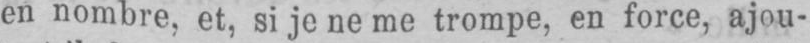
en nombre, et, si je ne me trompe, en force, ajou-